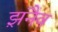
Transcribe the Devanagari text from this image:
झ़नैव